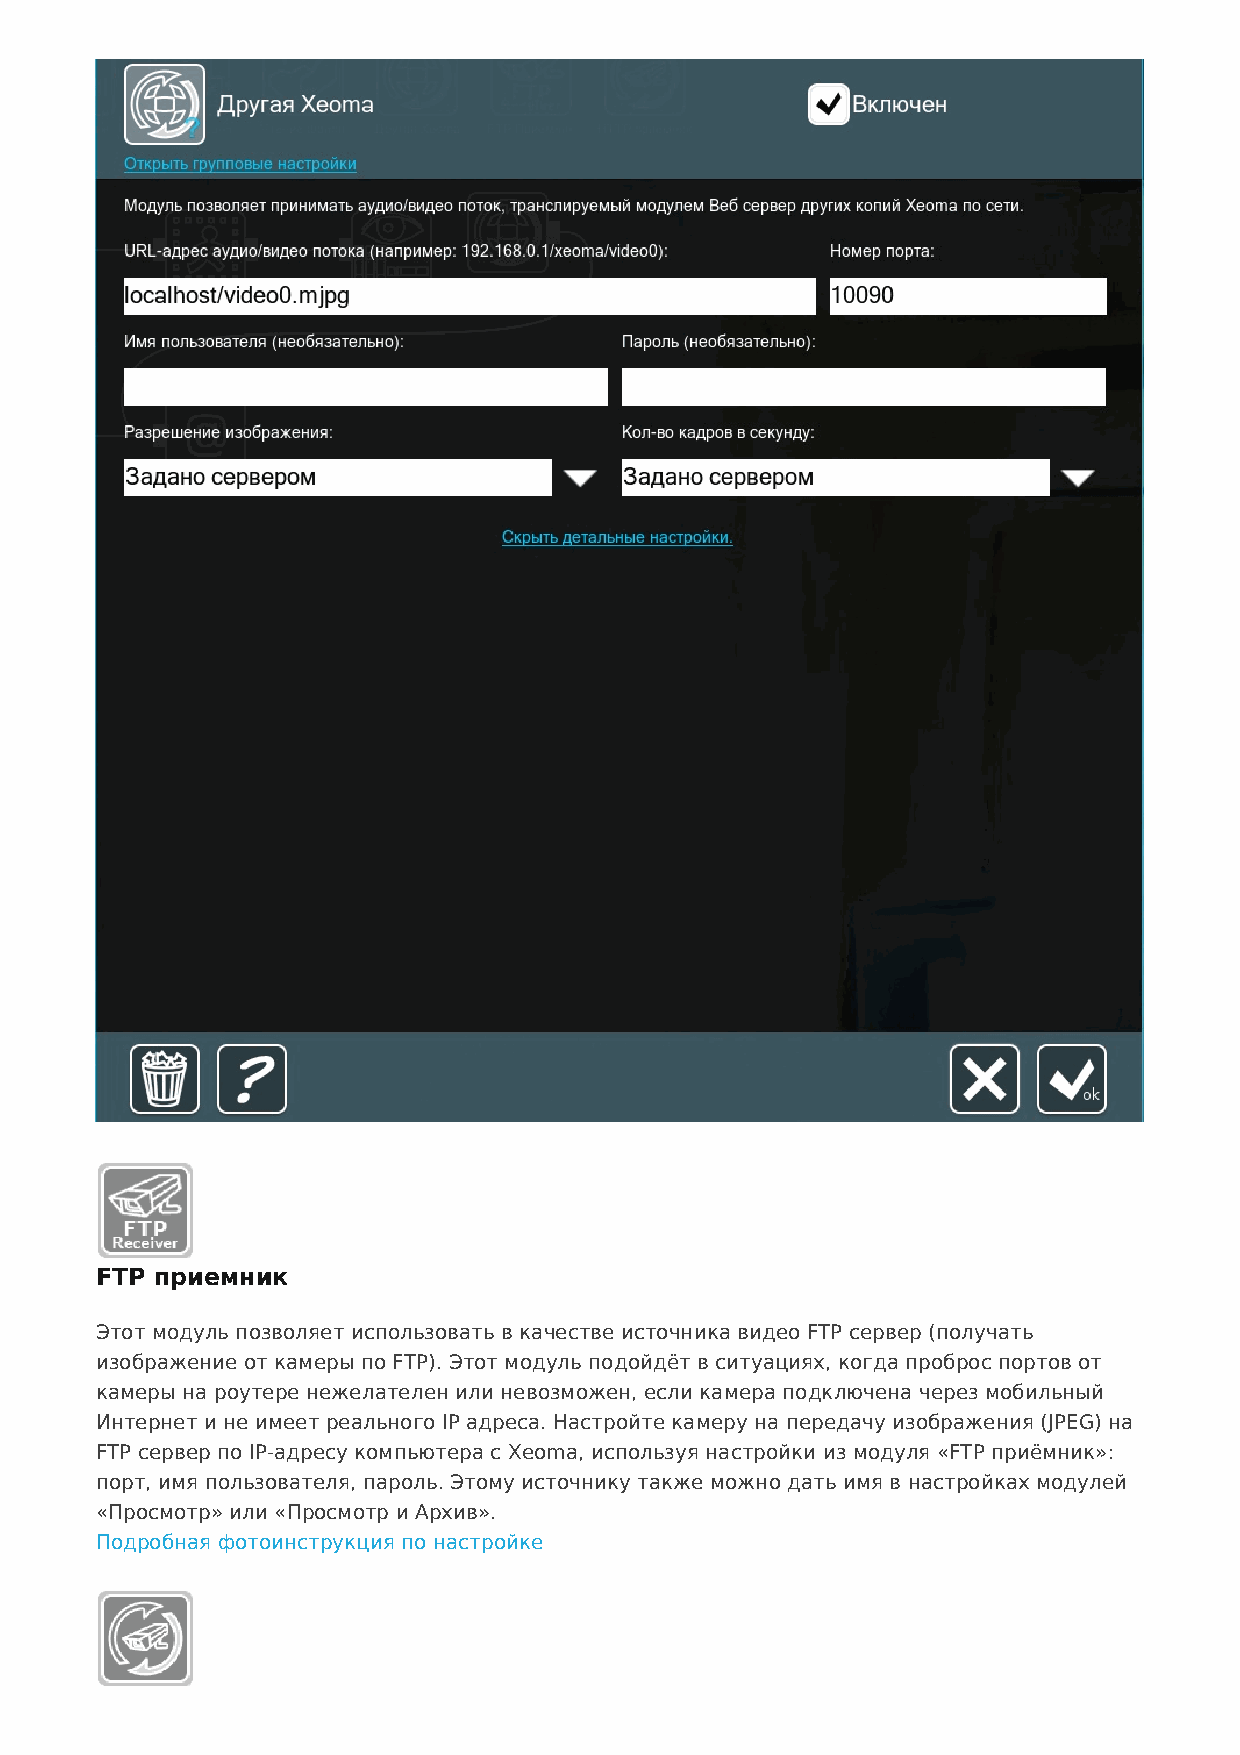
FTP приемник
 Этот модуль позволяет использовать в качестве источника видео FTP сервер (получать
 изображение от камеры по FTP). Этот модуль подойдёт в ситуациях, когда проброс портов от
 камеры на роутере нежелателен или невозможен, если камера подключена через мобильный
 Интернет и не имеет реального IP адреса. Настройте камеру на передачу изображения (JPEG) на
 FTP сервер по IP-адресу компьютера с Xeoma, используя настройки из модуля «FTP приёмник»:
 порт, имя пользователя, пароль. Этому источнику также можно дать имя в настройках модулей
 «Просмотр» или «Просмотр и Архив».
 Подробная фотоинструкция по настройке